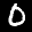
Label: 0